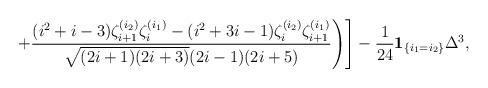
LaTeX: \begin{align*}\Biggl.\Biggl.+\frac{(i^2+i-3)\zeta_{i+1}^{(i_2)}\zeta_{i}^{(i_1)}-(i^2+3i-1)\zeta_{i}^{(i_2)}\zeta_{i+1}^{(i_1)}}{\sqrt{(2i+1)(2i+3)}(2i-1)(2i+5)}\Biggr)\Biggr] - \frac{1}{24}{\bf 1}_{\{i_1=i_2\}}{\Delta^3},\end{align*}